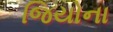
જિયોના